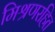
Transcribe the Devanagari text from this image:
मिश्रणरहित